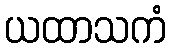
ယထာသကံ